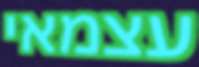
עצמאי